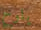
يلوح